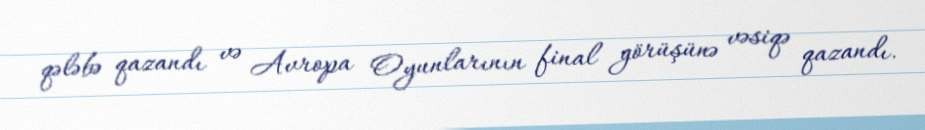
qələbə qazandı və Avropa Oyunlarının final görüşünə vəsiqə qazandı.